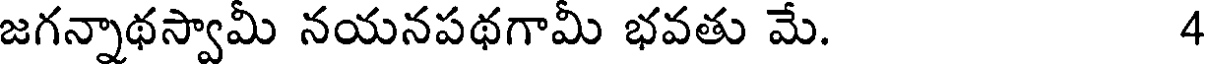
జగన్నాథస్వామీ నయనపథగామీ భవతు మే. 4